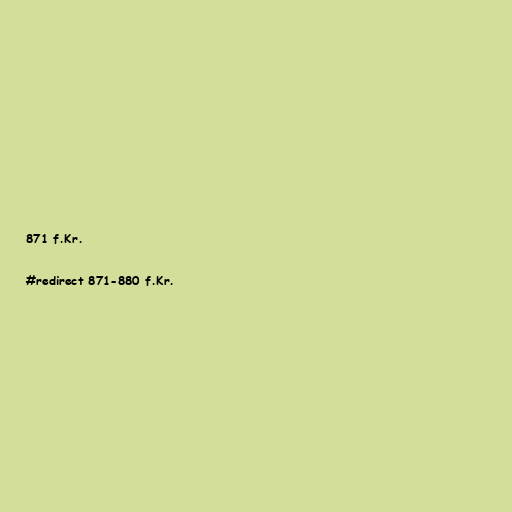
871 f.Kr.

#redirect 871-880 f.Kr.